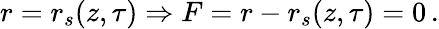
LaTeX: r=r_{s}(z,\tau)\Rightarrow F=r-r_{s}(z,\tau)=0\, .